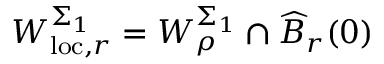
W _ { \mathrm { l o c } , r } ^ { \Sigma _ { 1 } } = W _ { \rho } ^ { \Sigma _ { 1 } } \cap \widehat { B } _ { r } ( 0 )